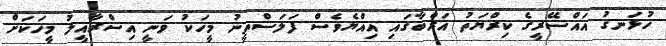
ހުޅަނގު އައްސޭރީގެ ކިރްޔަތު އަރްބާގައި އިއްޔެވެސް ފަލަސްތީނު މީހަކު ވަނީ އިސްރާއީލު މީހަކަށް